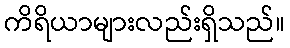
ကိရိယာများလည်းရှိသည်။